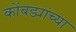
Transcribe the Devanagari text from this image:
कोंबड्यांच्या